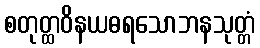
စတုတ္ထဝိနယဓရသောဘနသုတ္တံ